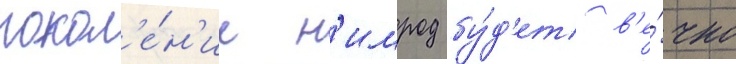
покол'е́н'ие н'имрод бу́д'ет в'е́чно